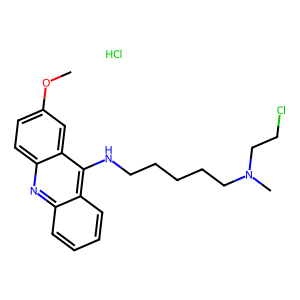
SMILES: COc1ccc2nc3ccccc3c(NCCCCCN(C)CCCl)c2c1.Cl
Inhibits HIV replication: No